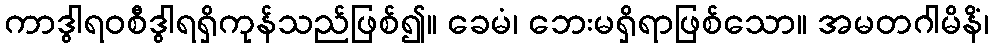
ကာဒွါရဝစီဒွါရရှိကုန်သည်ဖြစ်၍။ ခေမံ၊ ဘေးမရှိရာဖြစ်သော။ အမတဂါမိနိံ၊